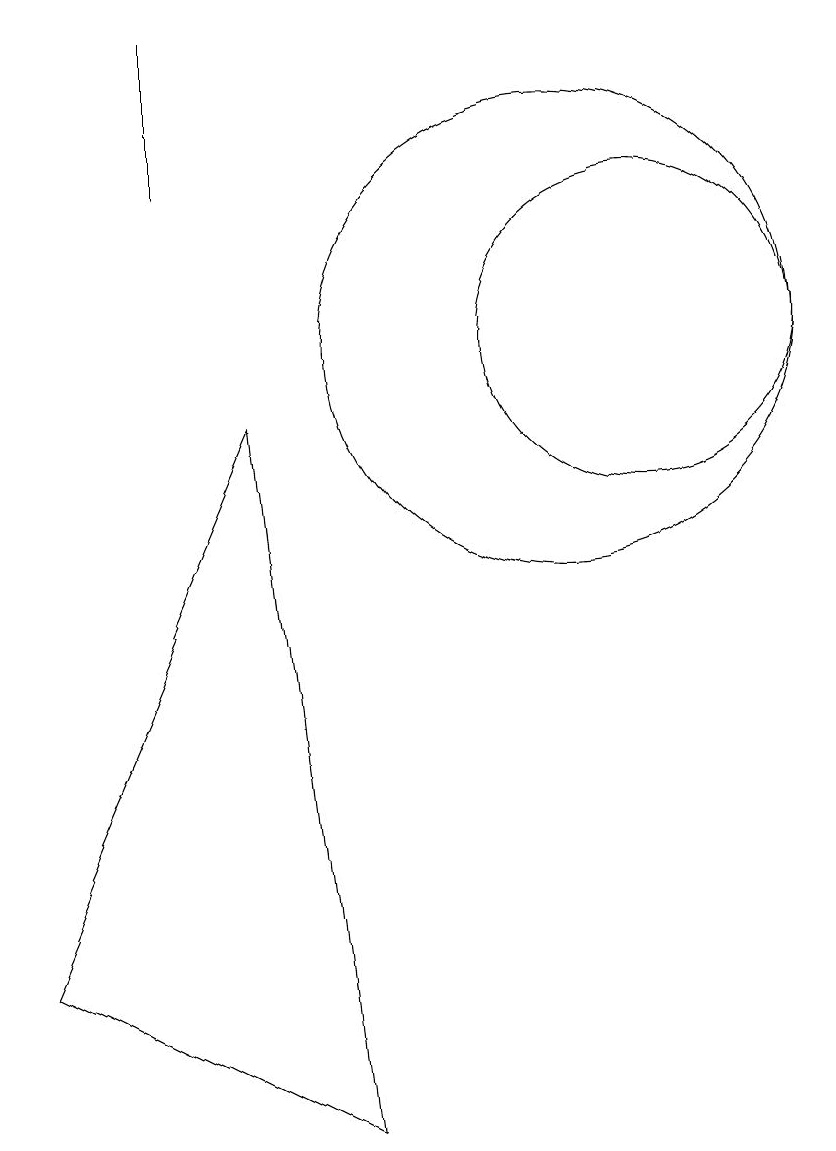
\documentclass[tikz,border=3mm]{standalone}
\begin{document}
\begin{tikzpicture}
\draw (3,2) -- (6,9) -- (7,0) -- cycle;
\draw (5,14) rectangle (5,12);
\draw (10,10) circle (3);
\draw (11,10) circle (2);
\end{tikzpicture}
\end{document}